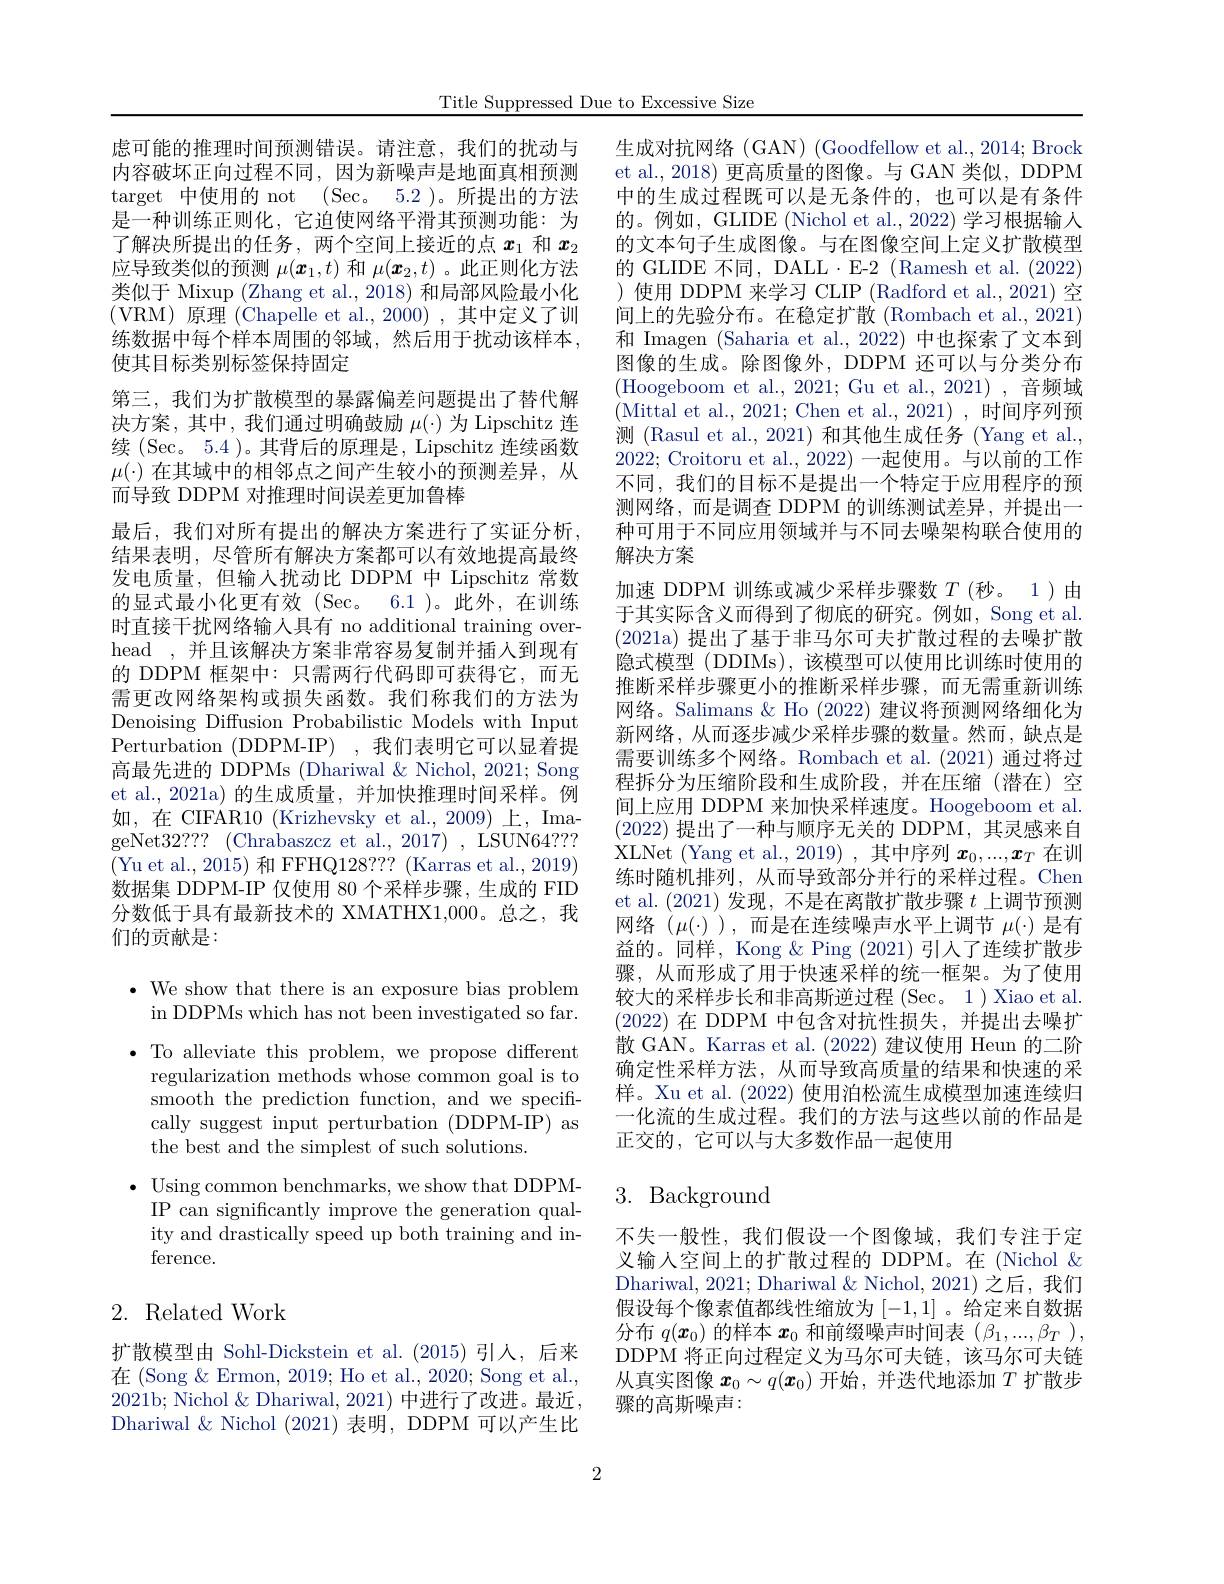
Title Suppressed Due to Excessive Size

虑可能的推理时间预测错误。请注意，我们的扰动与内容破坏正向过程不同，因为新噪声是地面真相预测target 中使用的 not (Sec。5.2)。所提出的方法是一种训练正则化，它迫使网络平滑其预测功能：为了解决所提出的任务，两个空间上接近的点$\boldsymbol x_{1}$和$\boldsymbol x_{2}$ 应导致类似的预测$\mu(\boldsymbol{x}_1,t)$和$\mu(\boldsymbol{x}_2,t)$ 。此正则化方法类似于 Mixup (Zhang et al., 2018) 和局部风险最小化(VRM)原理(Chapelle et al.,2000),其中定义了训练数据中每个样本周围的邻域，然后用于扰动该样本， 使其目标类别标签保持固定
第三，我们为扩散模型的暴露偏差问题提出了替代解决方案，其中，我们通过明确鼓励$\mu(\cdot)$为 Lipschitz 连续 (Sec。5.4 )。其背后的原理是，Lipschitz 连续函数$\mu(\cdot)$在其域中的相邻点之间产生较小的预测差异，从而导致 DDPM 对推理时间误差更加鲁棒
最后，我们对所有提出的解决方案进行了实证分析， 结果表明，尽管所有解决方案都可以有效地提高最终发电质量，但输人扰动比 DDPM 中 Lipschitz 常数的显式最小化更有效(Sec。6.1)。此外，在训练时直接干扰网络输入具有 no additional training overhead ,并且该解决方案非常容易复制并插人到现有的 DDPM 框架中：只需两行代码即可获得它，而无需更改网络架构或损失函数。我们称我们的方法为Denoising Diffusion Probabilistic Models with Input Perturbation (DDPM-IP) ,我们表明它可以显着提高最先进的 DDPMs (Dhariwal &Nichol, 2021; Song et al.,2021a)的生成质量，并加快推理时间采样。例如，在 CIFAR10 (Krizhevsky et al., 2009) 上，ImageNet32??? (Chrabaszcz et al., 2017) , LSUN64??? (Yu et al., 2015) 和 FFHQ128?? (Karras et al., 2019) 数据集 DDPM-IP 仅使用 80 个采样步骤，生成的 FID 分数低于具有最新技术的 XMATHX1,000。总之，我们的贡献是：

$\bullet$ We show that there is an exposure bias problem
in DDPMs which has not been investigated so far. $\bullet$ To alleviate this problem, we propose different
regularization methods whose common goal is to smooth the prediction function, and we specifically suggest input perturbation (DDPM-IP) as the best and the simplest of such solutions.
$\bullet$ Using common benchmarks, we show that DDPM-
IP can significantly improve the generation quality and drastically speed up both training and inference.

## 2. Related Work

扩散模型由 Sohl-Dickstein et al. (2015)引人，后来在 (Song & Ermon, 2019; Ho et al., 2020; Song et al., 2021b; Nichol & Dhariwal, 2021) 中进行了改进。最近， Dhariwal & Nichol (2021)表明，DDPM 可以产生比

2

生成对抗网络 (GAN) (Goodfellow et al., 2014; Brock et al., 2018) 更高质量的图像。与 GAN 类似，DDPM 中的生成过程既可以是无条件的，也可以是有条件的。例如，GLIDE (Nichol et al., 2022) 学习根据输人的文本句子生成图像。与在图像空间上定义扩散模型的 GLIDE 不同，DALL - E-2 (Ramesh et al. (2022) )使用 DDPM 来学习 CLIP (Radford et al., 2021) 空间上的先验分布。在稳定扩散 (Rombach et al., 2021) 和 Imagen (Saharia et al., 2022) 中也探索了文本到图像的生成。除图像外，DDPM 还可以与分类分布(Hoogeboom et al., 2021; Gu et al., 2021) , 音频域(Mittal et al., 2021; Chen et al., 2021), 时间序列预测 (Rasul et al., 2021) 和其他生成任务 (Yang et al., 2022; Croitoru et al., 2022) 一起使用。与以前的工作不同，我们的目标不是提出一个特定于应用程序的预测网络，而是调查 DDPM 的训练测试差异，并提出一种可用于不同应用领域并与不同去噪架构联合使用的解决方案

加速 DDPM 训练或减少采样步骤数$T$ (秒。1)由于其实际含义而得到了彻底的研究。例如，Song et al.

(2021a) 提出了基于非马尔可夫扩散过程的去噪扩散隐式模型 (DDIMs),该模型可以使用比训练时使用的推断采样步骤更小的推断采样步骤，而无需重新训练网络。Salimans & Ho (2022)建议将预测网络细化为新网络，从而逐步减少采样步骤的数量。然而，缺点是需要训练多个网络。Rombach et al.(2021) 通过将过程拆分为压缩阶段和生成阶段，并在压缩(潜在)空间上应用 DDPM 来加快采样速度。Hoogeboom et al. (2022)提出了一种与顺序无关的 DDPM,其灵感来自XLNet (Yang et al.,2019) ,其中序列$\boldsymbol x_0,...,\boldsymbol{x}_T$在训练时随机排列，从而导致部分并行的采样过程。Chen et al.(2021)发现，不是在离散扩散步骤$t$上调节预测网络($\mu(\cdot)$ ),而是在连续噪声水平上调节$\mu(\cdot)$是有益的。同样，Kong & Ping (2021) 引人了连续扩散步骤，从而形成了用于快速采样的统一框架。为了使用较大的采样步长和非高斯逆过程 (Sec。1)Xiao et al. (2022)在 DDPM 中包含对抗性损失，并提出去噪扩散 GAN。Karras et al.(2022) 建议使用 Heun 的二阶确定性采样方法，从而导致高质量的结果和快速的采样。Xu et al. (2022) 使用泊松流生成模型加速连续归一化流的生成过程。我们的方法与这些以前的作品是正交的，它可以与大多数作品一起使用
3. Background

不失一般性，我们假设一个图像域，我们专注于定义输人空间上的扩散过程的 DDPM。在 (Nichol & Dhariwal, 2021; Dhariwal & Nichol, 2021) 之后，我们假设每个像素值都线性缩放为[-1,1] 。给定来自数据分布$q(\boldsymbol{x}_0)$的样本$\boldsymbol{x}_0$和前缀噪声时间表$(\beta_1,...,\beta_T)$, DDPM 将正向过程定义为马尔可夫链，该马尔可夫链从真实图像$\boldsymbol{x}_0\sim q(\boldsymbol{x}_0)$开始，并迭代地添加$T$扩散步骤的高斯噪声：